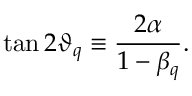
\tan 2 \vartheta _ { q } \equiv \frac { 2 \alpha } { 1 - \beta _ { q } } .